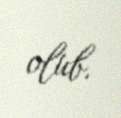
olub.